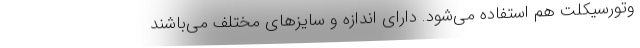
وتورسیکلت هم استفاده می‌شود. دارای اندازه و سایزهای مختلف می‌باشند